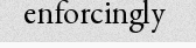
enforcingly